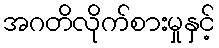
အဂတိလိုက်စားမှုနှင့်